65_HS1-834228961_62-HQ-83894_Section_6
Agency: FBI
Page 71
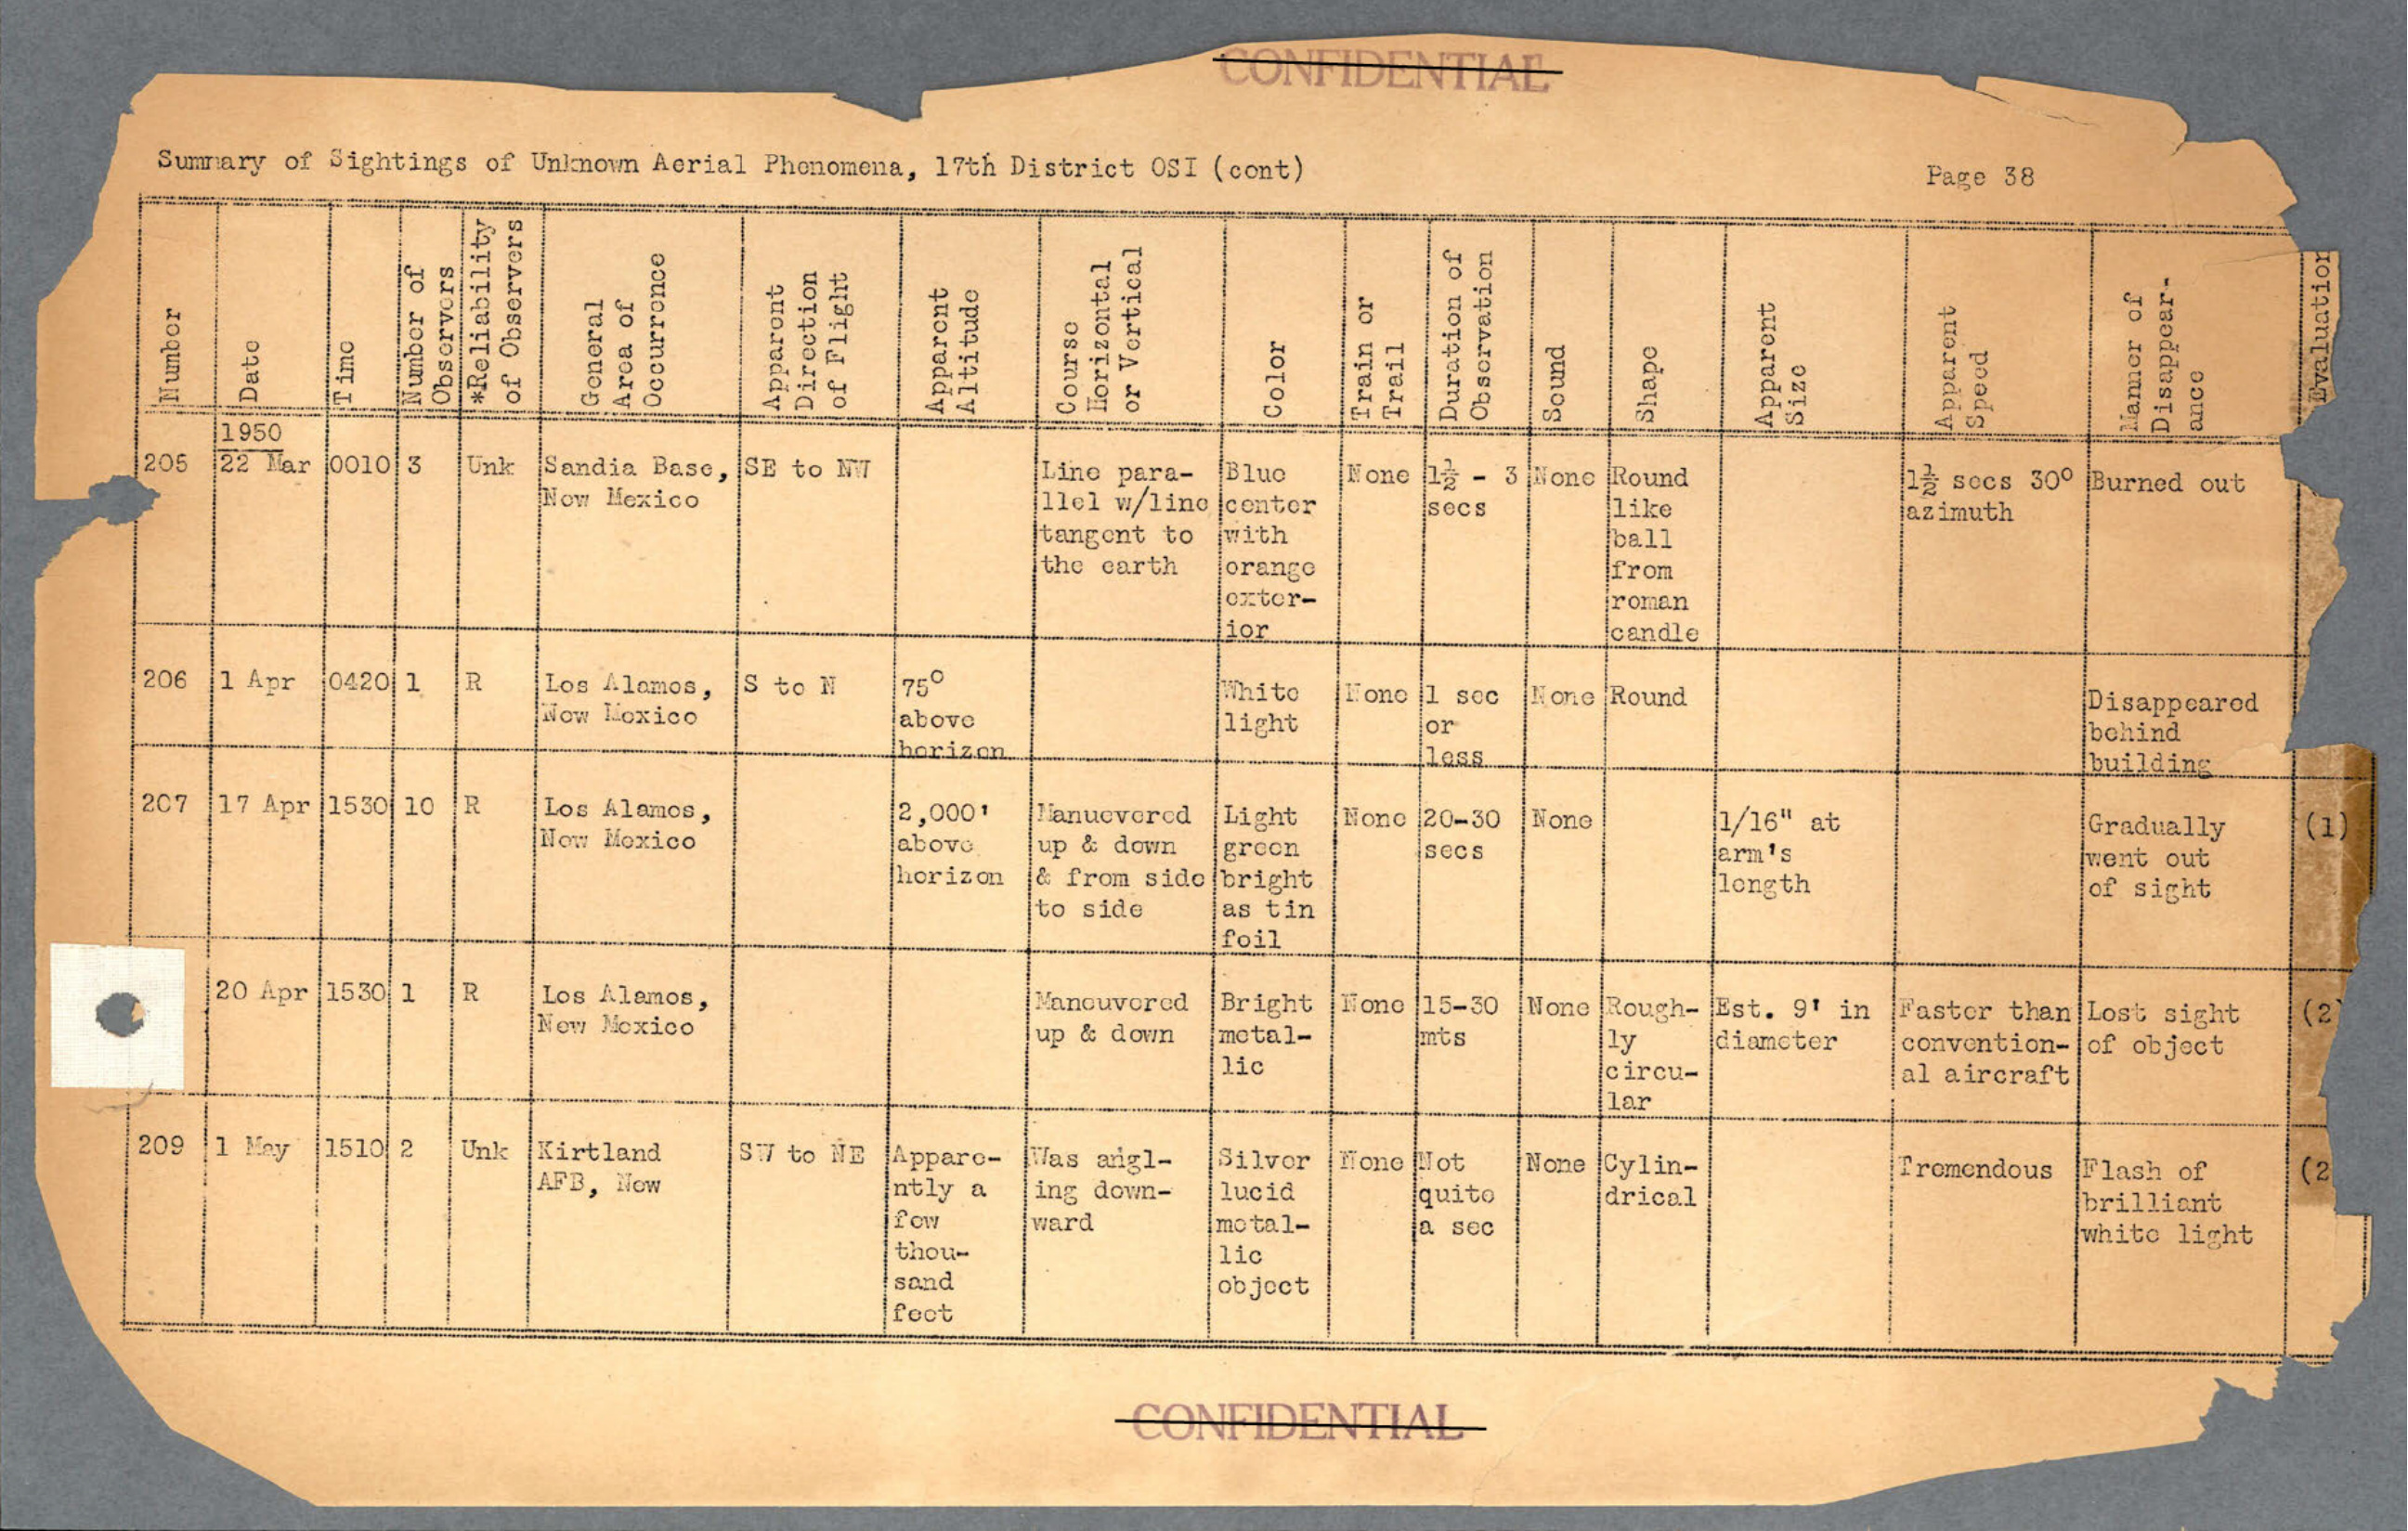